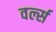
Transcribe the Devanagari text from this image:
वर्ल्स